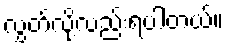
လွှတ်လို့လည်းရပါတယ်။